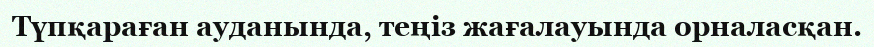
Түпқараған ауданында, теңіз жағалауында орналасқан.